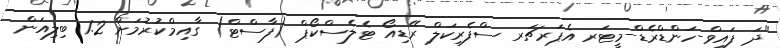
"ދަ ފައިވް-ހަންޑްރެޑް-މީޓަރ އެޕަރޗަރ ސްފެރިކަލް ރޭޑިއޯ ޓެލެސްކޯޕް (ފާސްޓް) ގާއިމްކުރުމަށް 1.2 ބިލިއަން